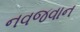
નવજવાન